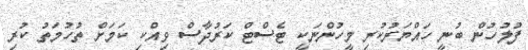
ފުލުހުން ބުނީ ހައްޔަރުކުރި މީހުންނަކީ ޓެސްޓް ކަރުދާސް ވިއްކި ކަމަށް ތުހުމަތު ކުރި